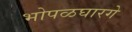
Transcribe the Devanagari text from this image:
भोपळघारगे